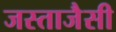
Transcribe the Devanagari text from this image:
जस्ताजैसी